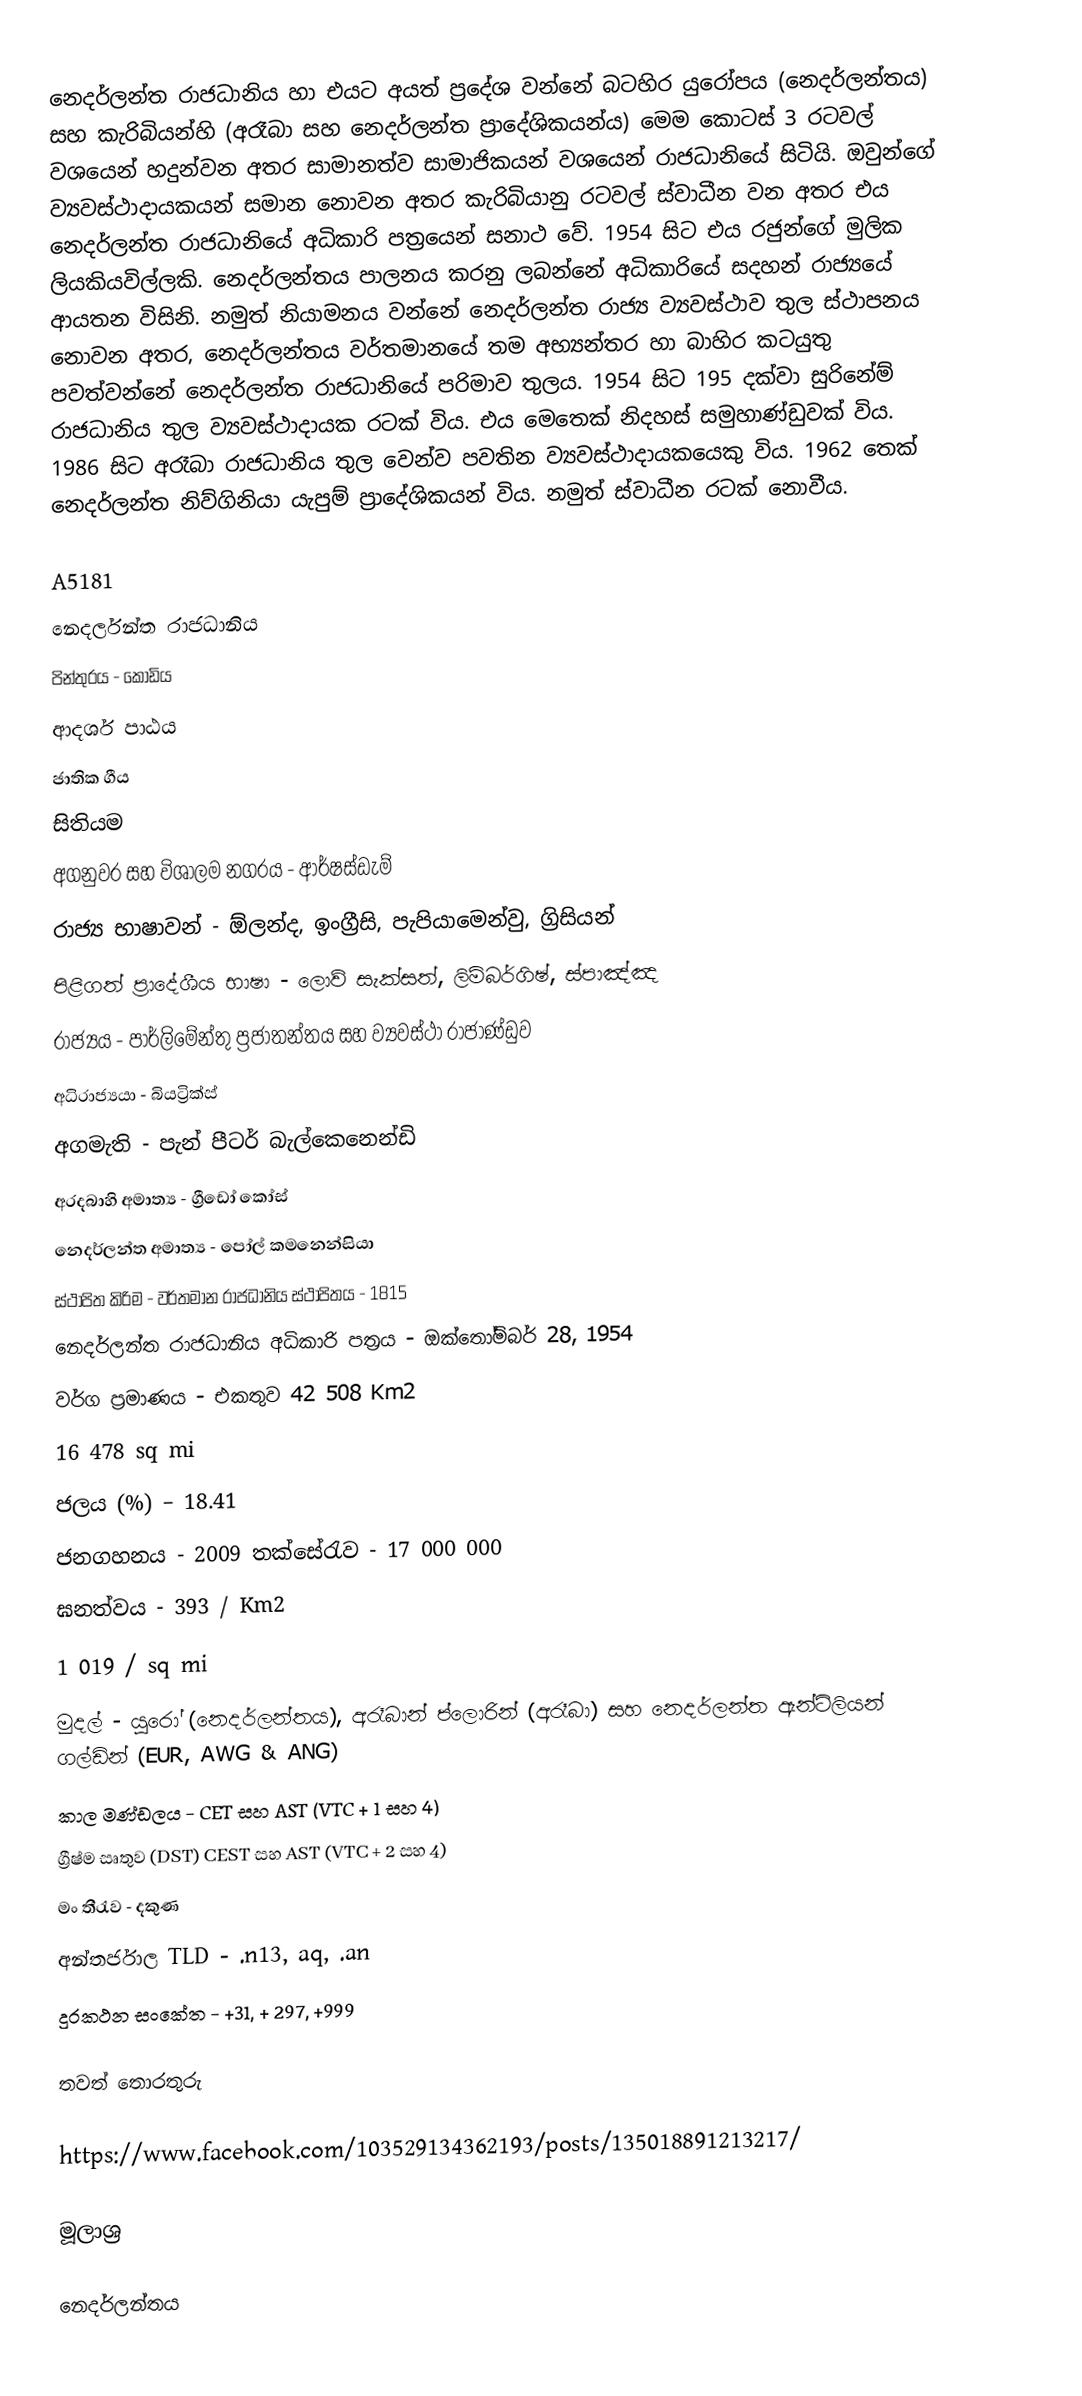
නෙදර්ලන්ත රාජධානිය හා එයට අයත් ප්‍රදේශ වන්නේ බටහිර යුරෝපය (නෙදර්ලන්තය) සහ කැරිබියන්හි (අරෑබා සහ නෙදර්ලන්ත ප්‍ර‍ාදේශිකයන්ය) මෙම කොටස් 3 රටවල් වශයෙන් හදුන්වන අතර සාමානත්ව සාමාජිකයන් වශයෙන් රාජධානියේ සිටියි. ඔවුන්ගේ ව්‍යවස්ථාදායකයන් සමාන නොවන අතර කැරිබියානු රටවල් ස්වාධීන වන අතර එය නෙදර්ලන්ත රාජධානියේ අධිකාරි පත්‍රයෙන් සනාථ වේ. 1954 සිට එය රජුන්ගේ මුලික ලියකියවිල්ලකි. නෙදර්ලන්තය පාලනය කරනු ලබන්නේ අධිකාරියේ සදහන් රාජ්‍යයේ ආයතන විසිනි. නමුත් නියාමනය වන්නේ නෙදර්ලන්ත රාජ්‍ය ව්‍යවස්ථාව තුල ස්ථාපනය නොවන අතර, නෙදර්ලන්තය වර්තමානයේ තම අභ්‍යන්තර හා බාහිර කටයුතු පවත්වන්නේ නෙදර්ලන්ත රාජධානියේ පරිමාව තුලය. 1954 සිට 195 දක්වා සුරිනේම් රාජධානිය තුල ව්‍යවස්ථාදායක රටක් විය. එය මෙතෙක් නිදහස් සමුහාණ්ඩුවක් විය. 1986 සිට අරෑබා රාජධානිය තුල වෙන්ව පවතින ව්‍යවස්ථාදායකයෙකු විය. 1962 තෙක් නෙදර්ලන්ත නිව්ගිනියා යැපුම් ප්‍ර‍ාදේශිකයන් විය. නමුත් ස්වාධීන රටක් නොවීය.

A5181
නෙදර්ලන්ත රාජධානිය
පින්තුරය - කොඩිය
ආදර්ශ පාඨය
ජාතික ගීය
සිතියම
අගනුවර සහ විශාලම නගරය - ආර්ෂස්ඩැම්
රාජ්‍ය භාෂාවන් - ඕලන්ද, ඉංග්‍රීසි, පැපියාමෙන්වු, ග්‍රිසියන්
පිළිගත් ප්‍රාදේශීය භාෂා - ලොව් සැක්සත්, ලිම්බර්ගිෂ්, ස්පාඤ්ඤ
රාජ්‍යය - පාර්ලිමේන්තු ප්‍රජාතන්තය සහ ව්‍යවස්ථා රාජාණ්ඩුව
අධිරාජ්‍යයා - බියට්‍රික්ස්
අගමැති - පැන් පීටර් බැල්කෙනෙන්ඩි
අරදබාහි අමාත්‍ය - ග්‍රීඩෝ කෝස්
නෙදර්ලන්ත අමාත්‍ය - පෝල් කමනෙන්සියා
ස්ථාපිත කිරිම - වර්තමාන රාජධානිය ස්ථාපිතය - 1815
නෙදර්ලන්ත රාජධානිය අධිකාරි පත්‍රය - ‍ඔක්තෝම්බර් 28, 1954
වර්ග ප්‍රමාණය - එකතුව		42 508 Km2
				16 478 sq mi
ජලය (%) – 18.41
ජනගහනය - 2009 තක්සේරැව - 17 000 000
ඝනත්වය -	393 / Km2
		1 019 / sq mi
මුදල් - යුරෝ (නෙදර්ලන්තය), අරෑබාන් ප්ලොරින් (අරෑබා) සහ නෙදර්ලන්ත ඇන්ටිලියන් ගල්ඩින් (EUR, AWG & ANG)
කාල මණ්ඩලය - CET සහ AST (VTC + 1 සහ 4)
ග්‍රීෂ්ම සෘතුව (DST) CEST සහ AST (VTC + 2 සහ 4)
මං තීරැව - දකුණ
අන්තර්ජාල TLD - .n13, aq, .an
දුරකථන සංකේත - +31, + 297, +999

තවත් තොරතුරු

https://www.facebook.com/103529134362193/posts/135018891213217/

මූලාශ්‍ර

නෙදර්ලන්තය